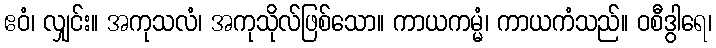
ဧဝံ၊ လျှင်း။ အကုသလံ၊ အကုသိုလ်ဖြစ်သော။ ကာယကမ္မံ၊ ကာယကံသည်။ ဝစီဒွါရေ၊